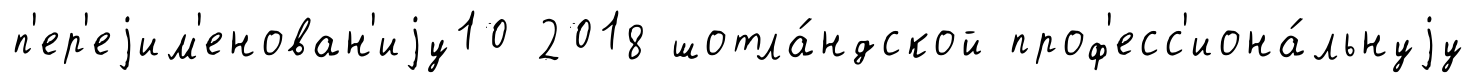
п'ер'еjим'енован'иjу10 2018 шотла́ндской проф'есс'иона́льнуjу